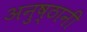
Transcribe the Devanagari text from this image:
अनुष्ठानी